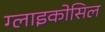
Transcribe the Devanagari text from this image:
ग्लाइकोसिल